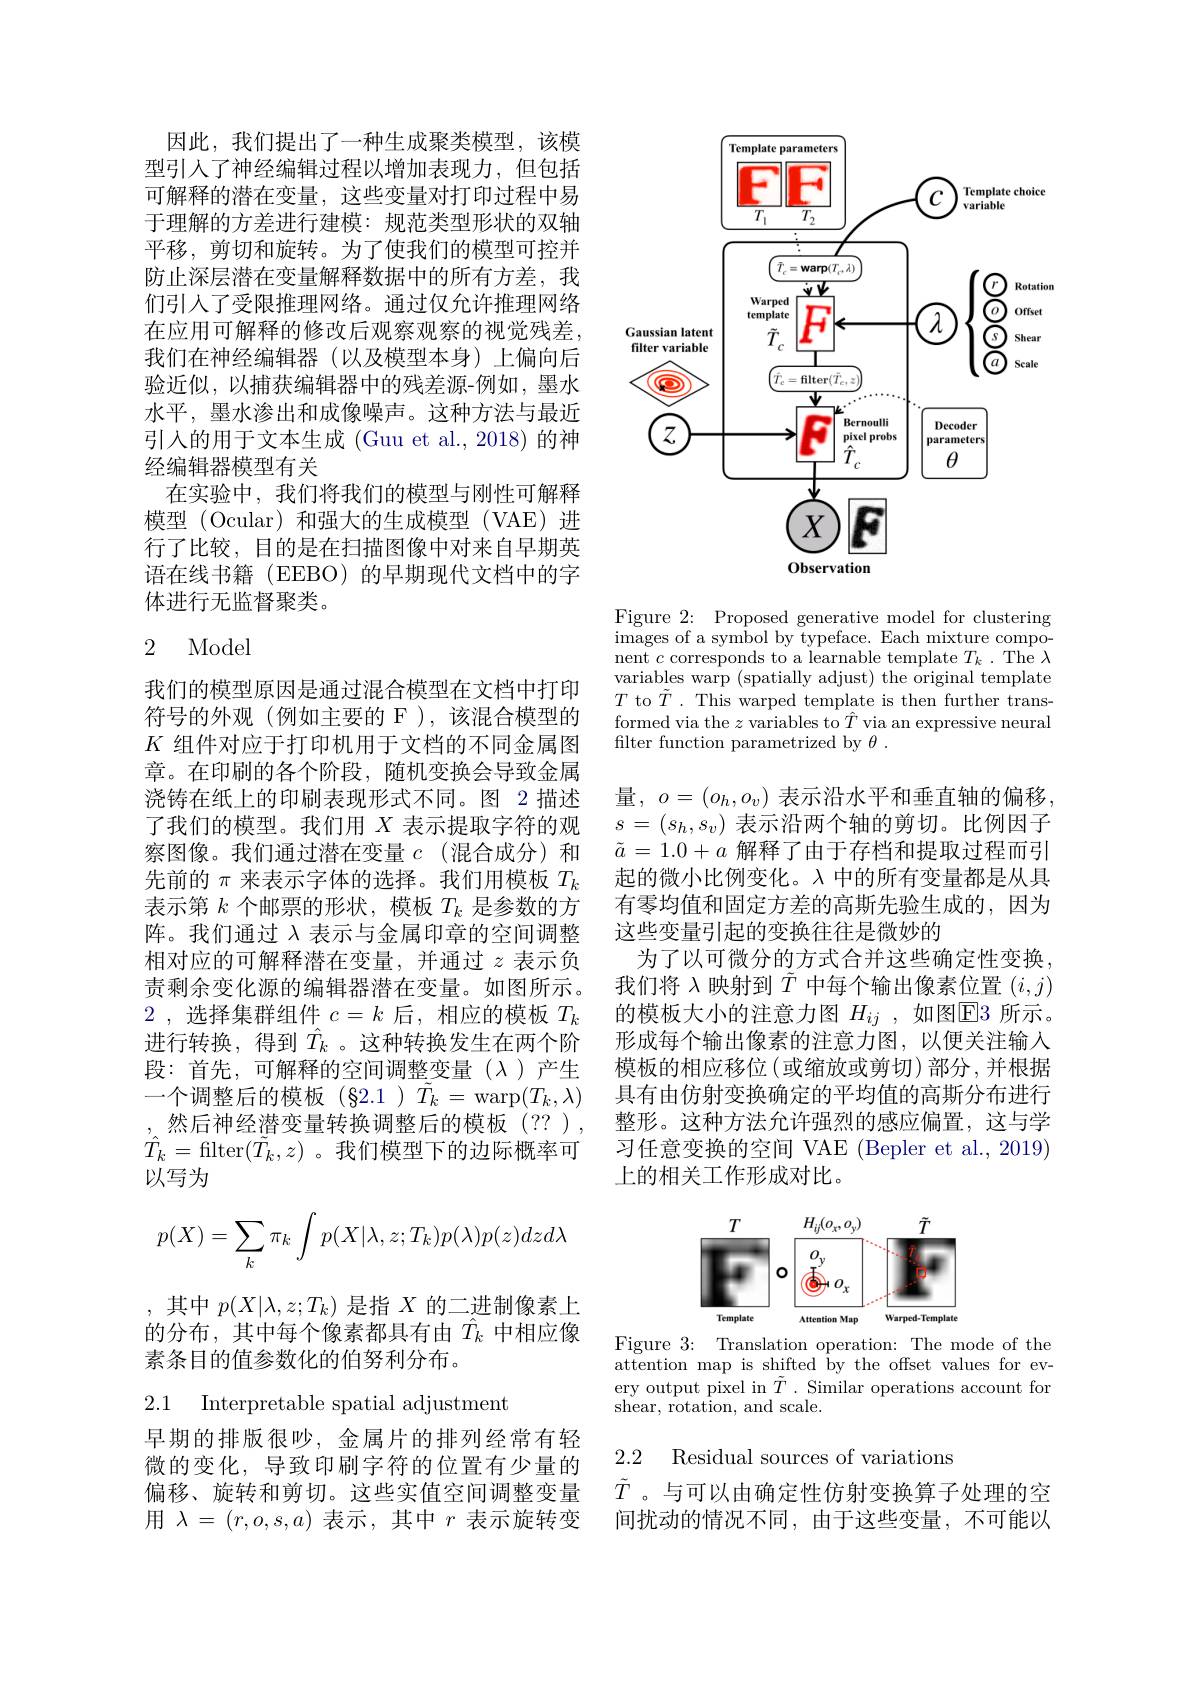
因此，我们提出了一种生成聚类模型，该模型引入了神经编辑过程以增加表现力，但包括可解释的潜在变量，这些变量对打印过程中易于理解的方差进行建模：规范类型形状的双轴平移，剪切和旋转。为了使我们的模型可控并防止深层潜在变量解释数据中的所有方差，我们引入了受限推理网络。通过仅允许推理网络在应用可解释的修改后观察观察的视觉残差， 我们在神经编辑器(以及模型本身)上偏向后验近似，以捕获编辑器中的残差源-例如，墨水水平，墨水渗出和成像噪声。这种方法与最近引入的用于文本生成 (Guu et al.,2018)的神经编辑器模型有关
在实验中，我们将我们的模型与刚性可解释模型(Ocular)和强大的生成模型(VAE)进行了比较，目的是在扫描图像中对来自早期英语在线书籍(EEBO)的早期现代文档中的字体进行无监督聚类。

# 2 Model

我们的模型原因是通过混合模型在文档中打印符号的外观(例如主要的 F),该混合模型的$K$组件对应于打印机用于文档的不同金属图章。在印刷的各个阶段，随机变换会导致金属浇铸在纸上的印刷表现形式不同。图 2 描述了我们的模型。我们用$X$表示提取字符的观察图像。我们通过潜在变量$c$ (混合成分)和先前的$\pi$来表示字体的选择。我们用模板$T_k$ 表示第$k$个邮票的形状，模板$T_k$是参数的方阵。我们通过 λ 表示与金属印章的空间调整相对应的可解释潜在变量，并通过$z$表示负责剩余变化源的编辑器潜在变量。如图所示。2 , 选择集群组件$c=k$ 后，相应的模板$T_k$ 进行转换，得到$\hat{T}_k$。这种转换发生在两个阶段：首先，可解释的空间调整变量($\lambda)产生$ 一个调整后的模板(§2.1)$\tilde{T}_k=$warp$(T_k,\lambda)$ ,然后神经潜变量转换调整后的模板(??), $\hat{T}_k=$filter$(\tilde{\tilde{T}}_k,z)$。我们模型下的边际概率可以写为
$$\begin{aligned}p(X)=\sum_k\pi_k\int p(X|\lambda,z;T_k)p(\lambda)p(z)dzd\lambda\end{aligned}$$
,其中$p(X|\lambda,z;T_k)$是指$X$的二进制像素上的分布，其中每个像素都具有由$\hat{T}_k$中相应像素条目的值参数化的伯努利分布。
2.1 Interpretable spatial adjustment

早期的排版很吵，金属片的排列经常有轻微的变化，导致印刷字符的位置有少量的偏移、旋转和剪切。这些实值空间调整变量用$\lambda=(r,o,s,a)$表示，其中$r$表示旋转变

<FigureHere>

Figure 2: Proposed generative model for clustering images of a symbol by typeface. Each mixture component $c$ corresponds to a learnable template $T_k.$ The $\lambda$ variables warp (spatially adjust) the original template $T$ to $\tilde{T}.$ This warped template is then further transformed via the $z$ variables to $\hat{T}$ via an expressive neural filter function parametrized by $\theta.$

量$,o=(o_h,o_v)$ 表示沿水平和垂直轴的偏移。$s=(s_h,s_v)$表示沿两个轴的剪切。比例因子$\tilde{a}=1.0+a$解释了由于存档和提取过程而引起的微小比例变化。$\lambda$中的所有变量都是从具有零均值和固定方差的高斯先验生成的，因为这些变量引起的变换往往是微妙的
为了以可微分的方式合并这些确定性变换我们将 λ 映射到$\tilde{T}$中每个输出像素位置$(i,j)$ 的模板大小的注意力图 $H_{ij}$ ,如图$\overline{\mathrm{E}}$3 所示。形成每个输出像素的注意力图，以便关注输入模板的相应移位 (或缩放或剪切)部分，并根据具有由仿射变换确定的平均值的高斯分布进行整形。这种方法允许强烈的感应偏置，这与学习任意变换的空间 VAE (Bepler et al., 2019) 上的相关工作形成对比。

<FigureHere>
Figure 3: Translation operation: The mode of the

attention map is shifted by the offset values for every output pixel in $\tilde{T}.$ Similar operations account for shear, rotation, and scale.

2.2 Residual sources of variations

$\tilde{T}$ 。与可以由确定性仿射变换算子处理的空间扰动的情况不同，由于这些变量，不可能以